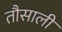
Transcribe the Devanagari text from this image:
तौसाली